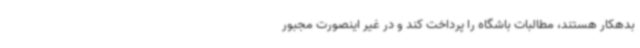
بدهکار هستند، مطالبات باشگاه را پرداخت کند و در غیر اینصورت مجبور